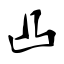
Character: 凸